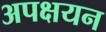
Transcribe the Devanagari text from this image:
अपक्षयन